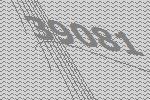
39081